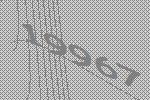
19967